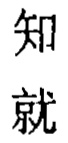
知

就